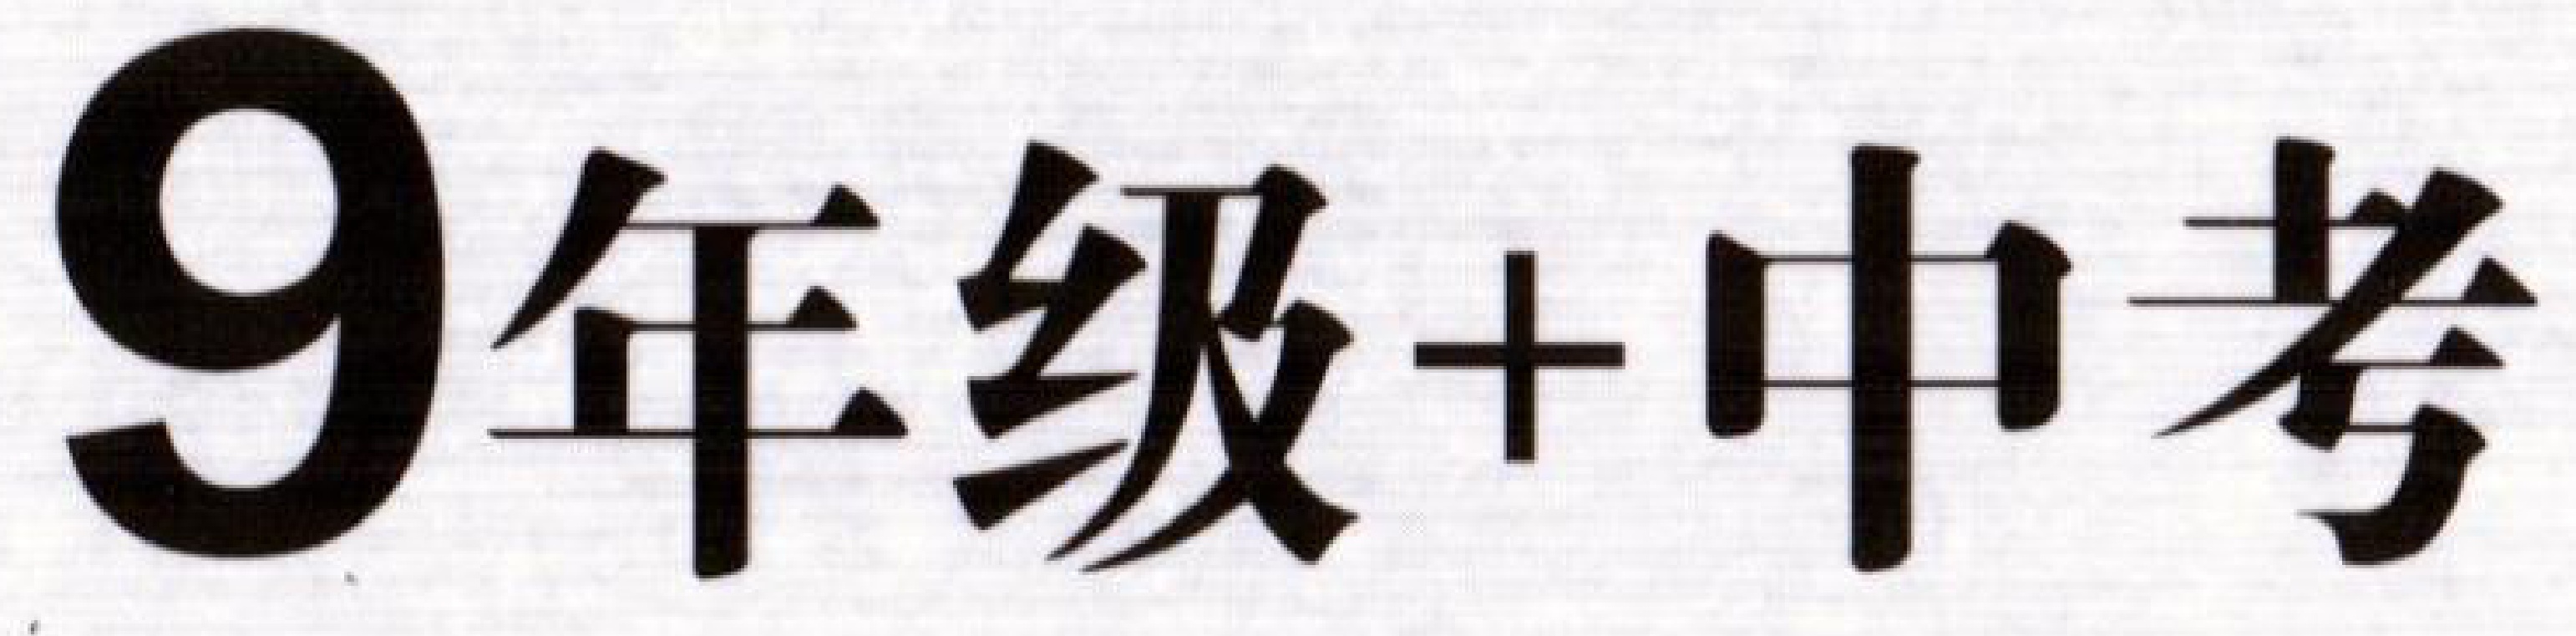
9年级+中考